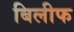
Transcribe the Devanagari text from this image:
बिलीफ